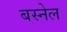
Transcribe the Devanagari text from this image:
बस्नेल